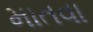
માતવા